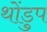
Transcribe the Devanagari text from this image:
थोंडुप